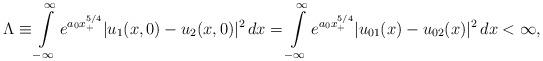
LaTeX: \begin{align*}\Lambda\equiv\int\limits_{-\infty}^{\infty} e^{a_0 x_{+}^{5/4}} |u_1(x,0)-u_2(x,0)|^2\,dx= \int\limits_{-\infty}^{\infty} e^{a_0 x_{+}^{5/4}} |u_{01}(x)-u_{02}(x)|^2\,dx <\infty,\end{align*}